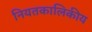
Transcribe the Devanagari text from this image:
नियतकालिकीय